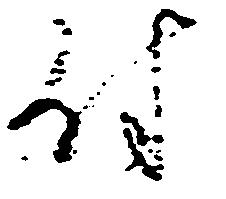
付